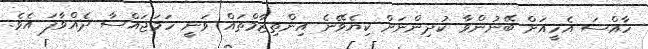
ހާއްސަ އެހީއަށް ބޭނުންވާ ކުދިންނަށް ކިޔެވޭނެ އިންތިޒާމްތައް ވަނީ ހަމަޖައްސާ ދެއްވާފަ އެވެ.